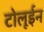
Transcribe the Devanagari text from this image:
टोलूईन